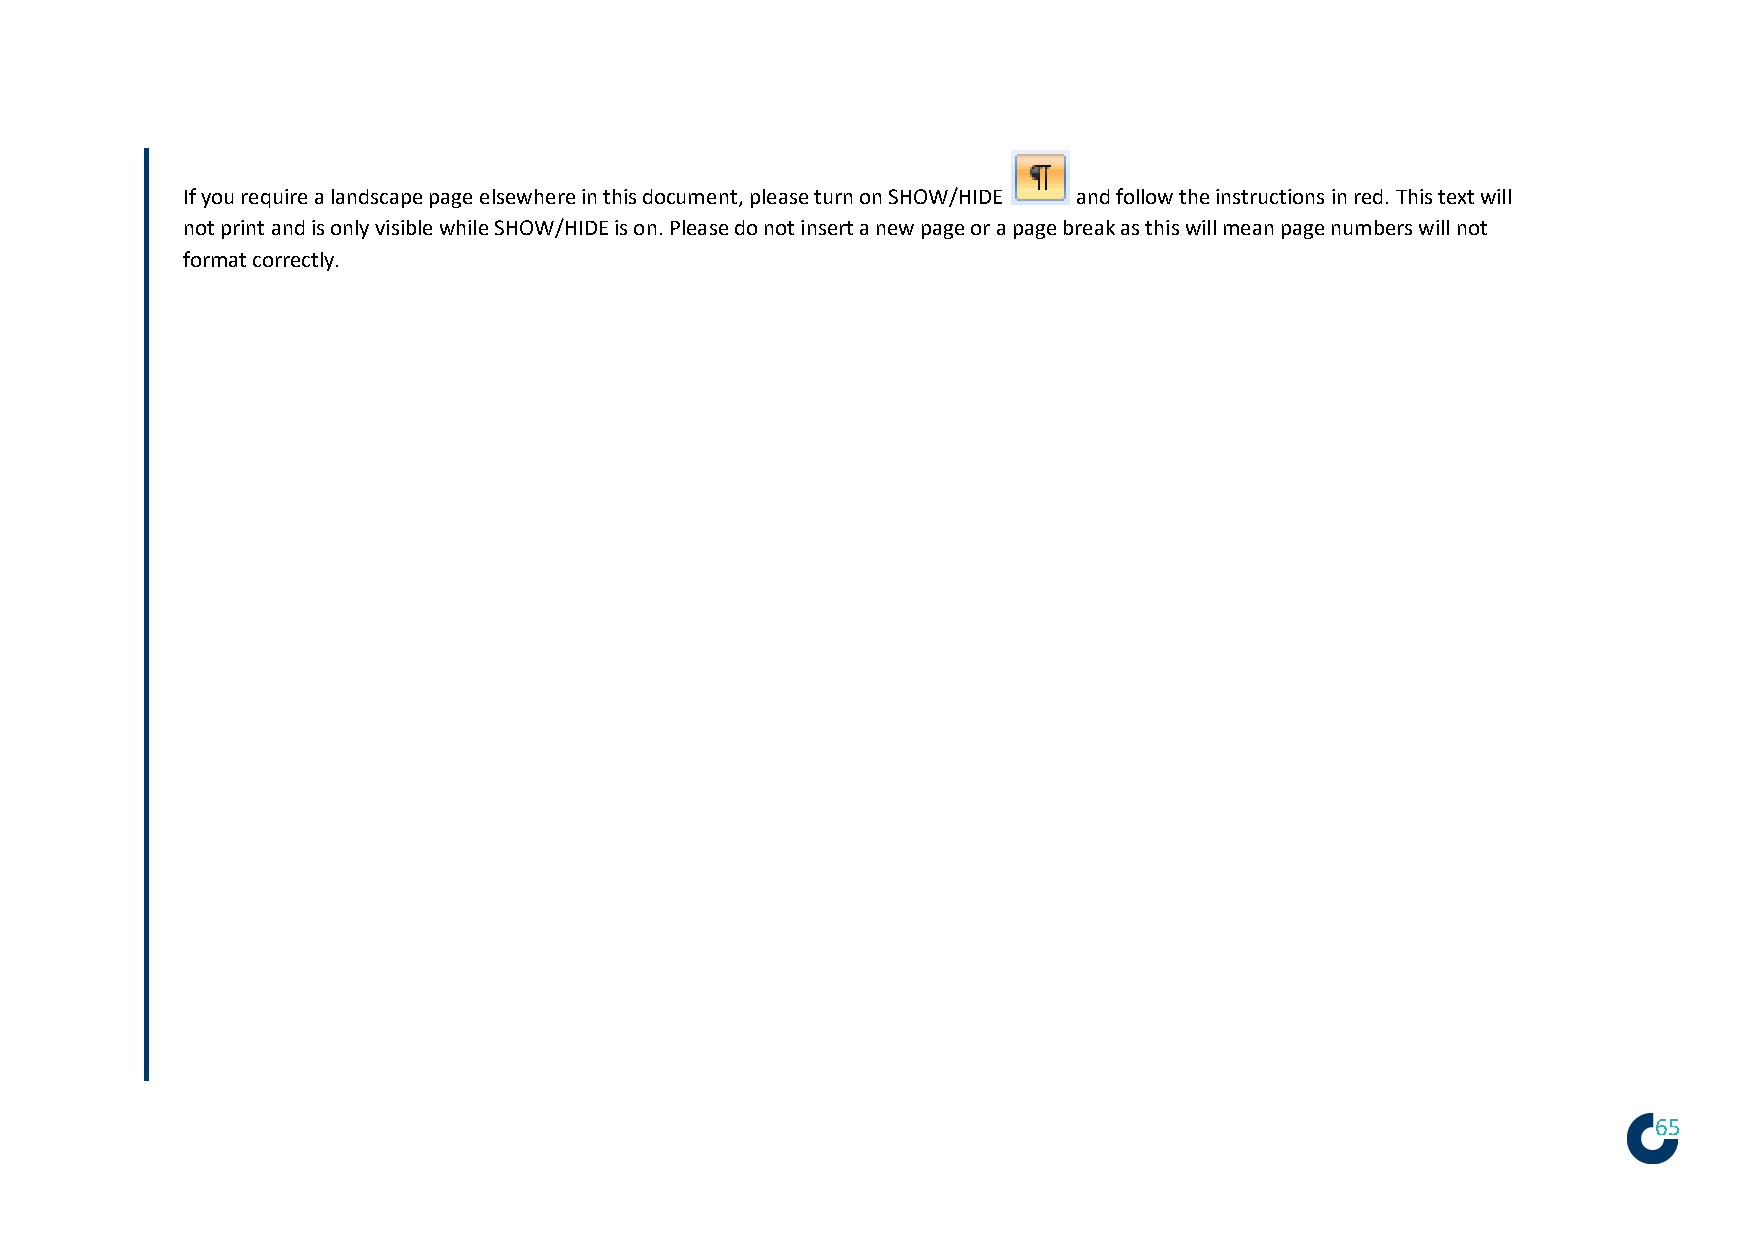
If you require a landscape page elsewhere in this document, please turn on SHOW/HIDE and follow the instructions in red. This text will
 not print and is only visible while SHOW/HIDE is on. Please do not insert a new page or a page break as this will mean page numbers will not
 format correctly.
 65